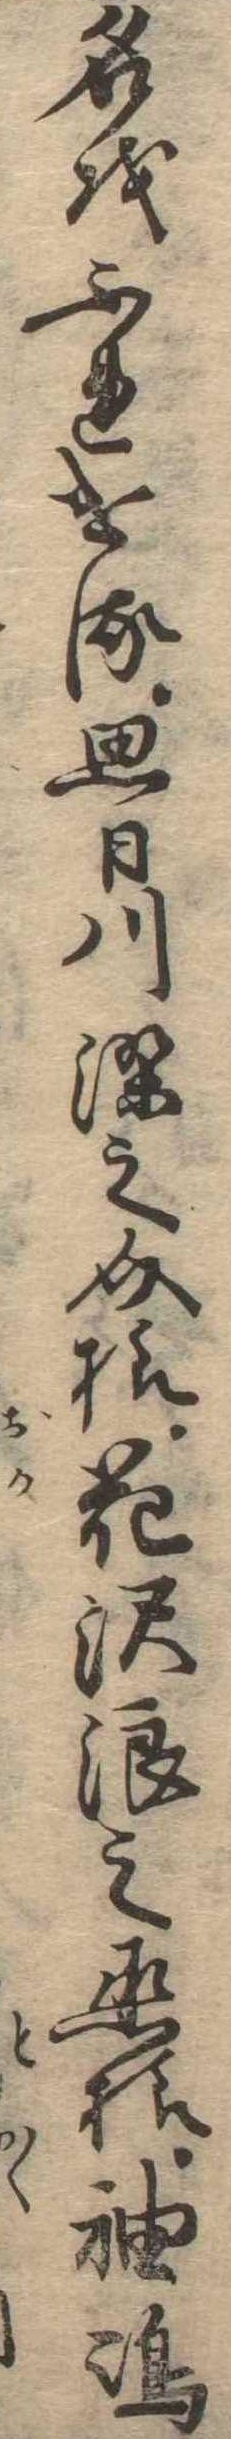
名をふれける思日川染之介様花沢浪之丞様袖島